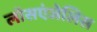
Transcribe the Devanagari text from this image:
लॉसएंजेलिस